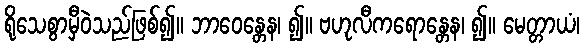
ရိုသေစွာမှီဝဲသည်ဖြစ်၍။ ဘာဝေန္တေန၊ ၍။ ဗဟုလီကရောန္တေန၊ ၍။ မေတ္တာယံ၊